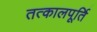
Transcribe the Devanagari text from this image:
तत्कालपूर्ति